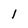
Character: 1